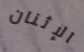
الإثنان